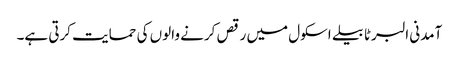
آمدنی البرٹا بیلے اسکول میں رقص کرنے والوں کی حمایت کرتی ہے۔